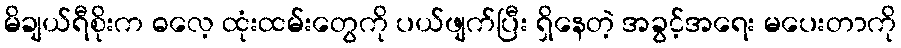
မိချယ်ရီစိုးက ဓလေ့ ထုံးထမ်းတွေကို ပယ်ဖျက်ပြီး ရှိနေတဲ့ အခွင့်အရေး မပေးတာကို